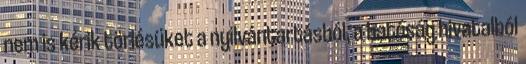
nem is kérik törlésüket a nyilvántartásból, a hatóság hivatalból